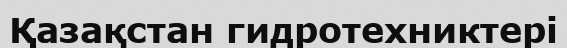
Қазақстан гидротехниктері